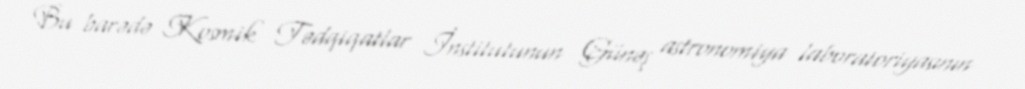
Bu barədə Kosmik Tədqiqatlar İnstitutunun Günəş astronomiya laboratoriyasının